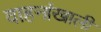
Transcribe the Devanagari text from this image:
वाहनांखाली